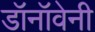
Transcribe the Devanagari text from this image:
डॉनॉवेनी